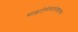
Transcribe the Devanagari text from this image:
साइटोमेगालोवायरस